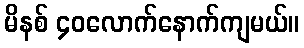
မိနစ် ၄၀လောက်နောက်ကျမယ်။